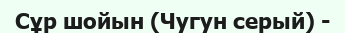
Сұр шойын (Чугун серый) -